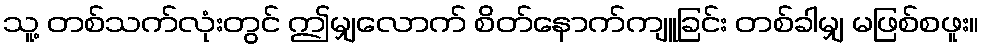
သူ့ တစ်သက်လုံးတွင် ဤမျှလောက် စိတ်နောက်ကျူခြင်း တစ်ခါမျှ မဖြစ်စဖူး။